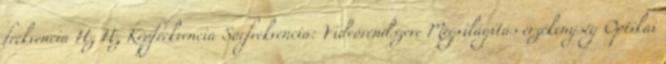
frekvencia Hz Hz Képfrekvencia Sorfrekvencia: Videórendszere Megvilágítás érzékenység Optikai